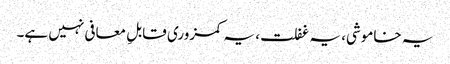
یہ خاموشی، یہ غفلت، یہ کمزوری قابلِ معافی نہیں ہے۔